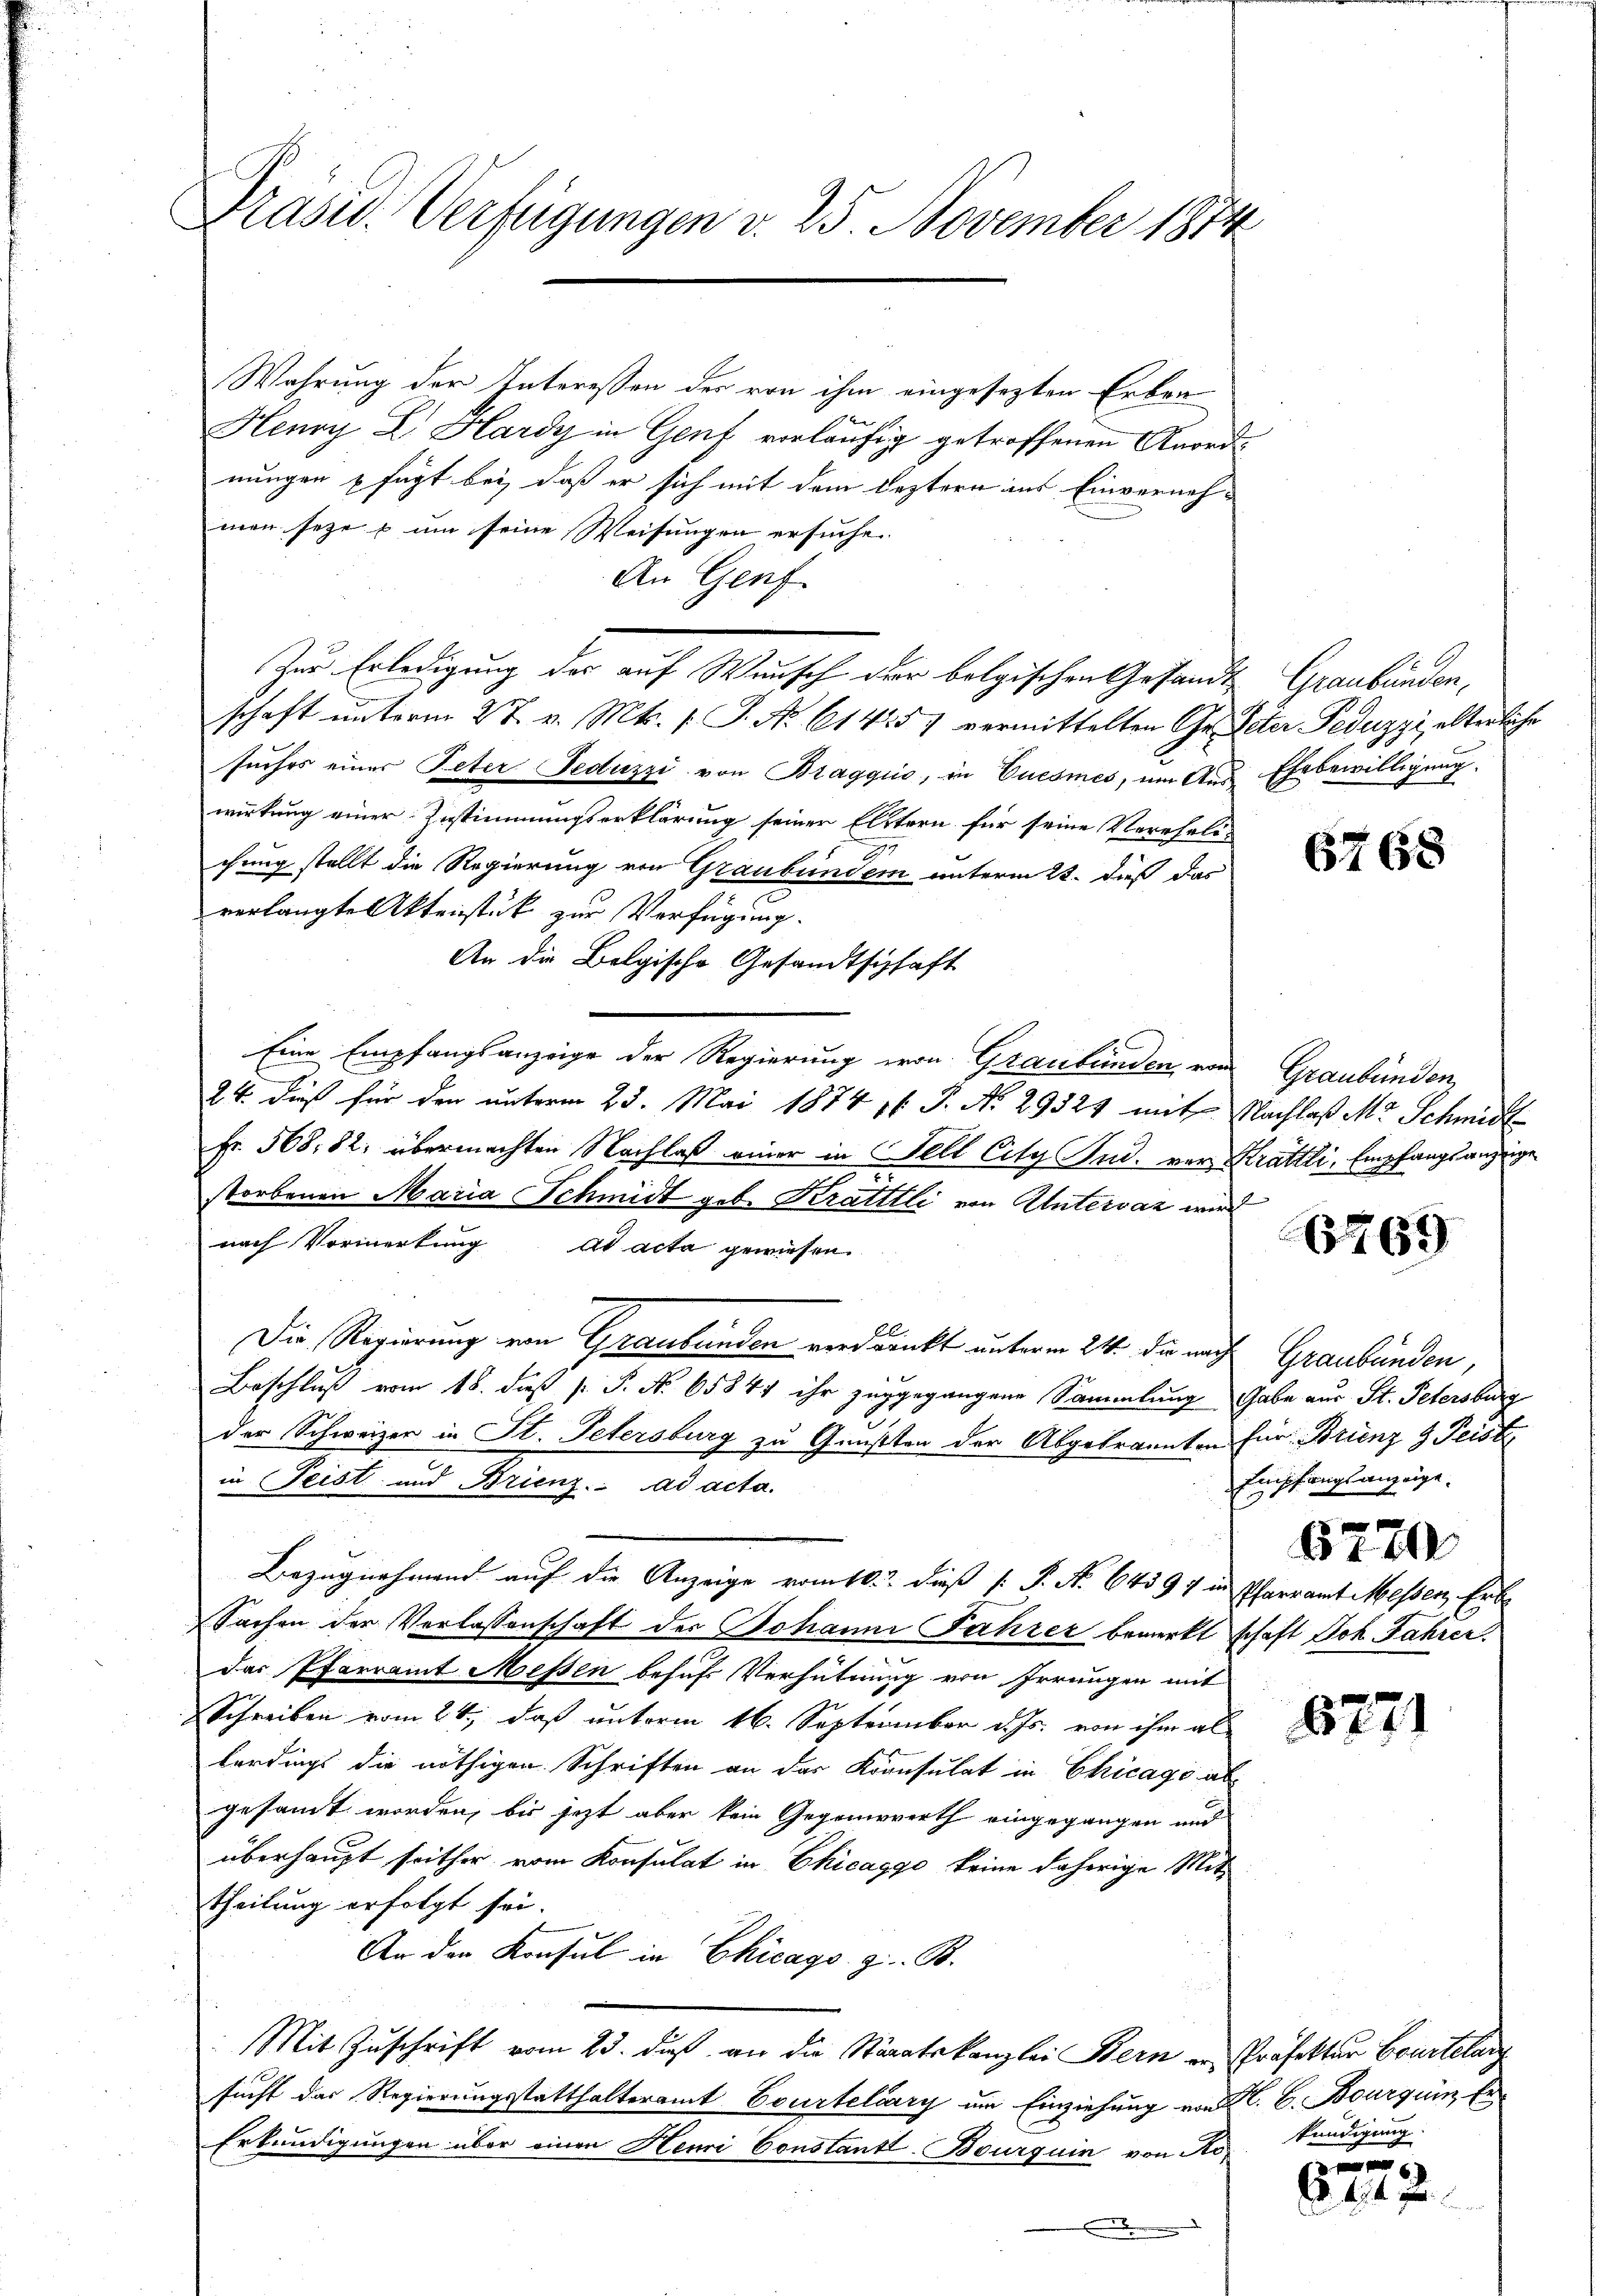
Präsid. Verfügungen v. 25. November 1874

Wahrung der Interessen der von ihm eingesezten Erben
Henry E. Hardy in Genf verläufig getroffenen Anordnungen fügt bei, daß er sich mit dem leztern ins Einvernehmen seze & um seine Weisungen ersuche.
An Genf
Zur Erledigung der auf Wunsch der belgischen Gesandt Graubünden,
schaft unterm 27. v. Mts. s. S. No 61457 vermittelten Gr. Peter Peduzzi alterliche
suches einer Peter Feduzzi von Braggio, in Euesmes, um Aus Ehebewilligung.
wirkung einer Zustimmungserklärung seiner Elitern für seine Vereheli-
chung stellt die Regierung von Graubünden unterm 22. dieß das
verlangte Aktenstück zur Verfügung.
An die Belgische Gesandtschaft
Eine Empfangsanzeige der Regierung von Graubünden, von
24 dieß für den unterm 25. Mai 1874 16 J. No 29324 mit Nachlaß M. Schmidt
Fr. 568. 82; übermachten Nachlaß einer in Fell City Sud. vor Krättli, Empfangsanzeige
storbenen Maria Schmidt geb. Krattlli von Untervaz wird
nach Vormerkung ad acta gewiesen.
Die Regierung von Graubünden verdankt unterm 24. die nach Graubünden,
Beschluß vom 18. dieß P. P. No 65841 ihr zuggegangene Sammlung Gabe aus St. Petersburg
der Schweizer in St. Petersburg zu Gunsten der Abgebrannten für Brünz & Peist
in Teist und Brienz. ad acta.
Bezugnahmend auf die Anzeige vom 16. dieß (: P. No 64597 in Pfarramt Messen, Erbe
Sachen der Verlassenschaft der Johanni Jahrer bemerkt schaft Joh. Jahrer.
das Pfarramt Messen behufs Verhütung von Irrungen mit
Schreiben vom 24., daß unterm 16. September d. Js. von ihm al
terdings die nöthigen Schriften an das Konsulat in Chicago abgesamt worden, bis jezt aber kein Gegenwerth eingegangen und
überhaupt seither vom Konsulat in Chicaggo keine daherige Mittheilung erfolgt sei.
An den Konsul in Chicago z. B.
Mit Zuschrift vom 23. dieß an die Staatskanzlei Bern er Präfektur Courtelang
sucht das Regierungsstatthalteramt Courtelary um Einziehung von C. C. Bourguin Er¬
Erkundigungen über einen Henri Constantl. Bourquin von No¬
.

6768

Graubünden,

6769

Einschanglanzeige.

610

8771

kundigung

44 x